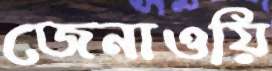
জেনাওয়ি